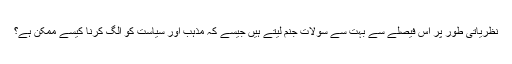
نظریاتی طور پر اس فیصلے سے بہت سے سولات جنم لیتے ہیں جیسے کہ مذہب اور سیاست کو الگ کرنا کیسے ممکن ہے؟